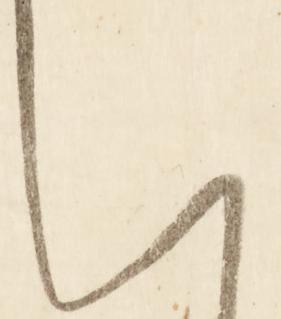
い